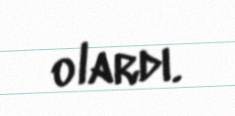
olardı.